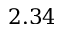
2 . 3 4